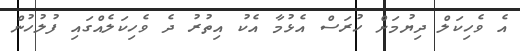
އެ ވެހިކަލް ދިޔުމަށް ހުރަސް އެޅުމާ އެކު އިތުރު ދެ ވެހިކަލެއްގައި ފުލުހުން